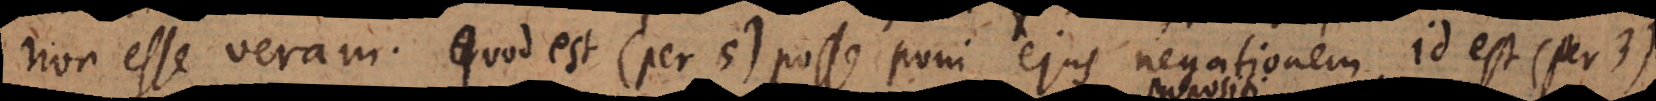
non esse veram. Quod est (per 5) posse poni ejus negationem, id est (per 3)